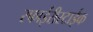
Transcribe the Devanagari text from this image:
स्फाईरीस्टाईक